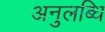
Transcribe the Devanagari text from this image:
अनुलब्धि